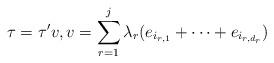
LaTeX: \begin{align*} \tau = \tau' v, v = \sum_{r=1}^j \lambda_r (e_{i_{r,1}} + \dots + e_{i_{r,d_r}})\end{align*}